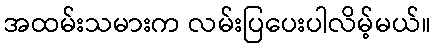
အထမ်းသမားက လမ်းပြပေးပါလိမ့်မယ်။